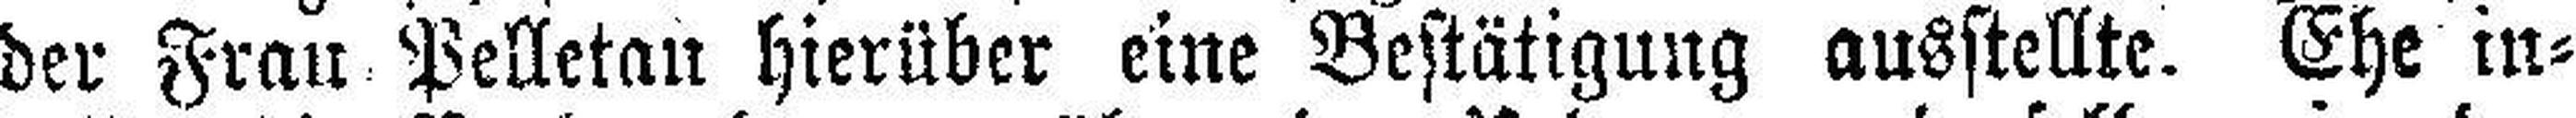
der Frau Pelletau hierüber eine Bestätigung ausstellte. Ehe in¬